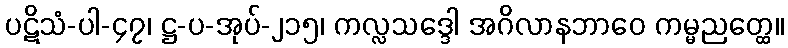
ပဋိသံ-ပါ-၄၇၊ ဋ္ဌ-ပ-အုပ်-၂၁၅၊ ကလ္လသဒ္ဒေါ အဂိလာနဘာဝေ ကမ္မညတ္ထေ။